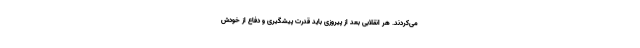
می‌کردند. هر انقلابی بعد از پیروزی باید قدرت پیشگیری و دفاع از خودش